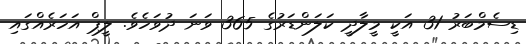
ޑިސެމްބަރު 31 އަކީ މީލާދީ ކަލަންޑަރުގެ 365 ވަނަ ދުވަހެވެ. ލީޕް އަހަރެއްގައި